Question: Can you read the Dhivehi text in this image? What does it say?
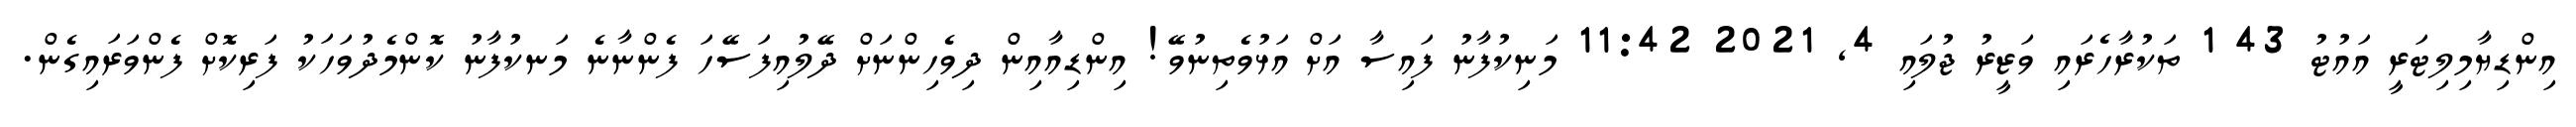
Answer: އިންޑިޔާމިލިޓަރީ އައުޓު 43 1 ތަކުރާހެރައި ވަޒީރު ޖުލައި 4, 2021 11:42 މަނިކުފާނު ފައިސާ އަށް އަޅުވެތިނުވޭ! އިންޑިއާއިން ދިވެހިންނަށް ދޭލުއިފަސޭހަ ފެންނާނެ މަނކުފާނު ކޮންމެދުވަހަކު ފަރިކޮށް ފެންވަރައިގެން.